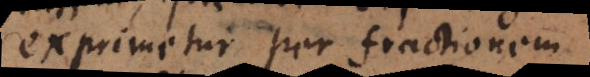
exprimetur per fractionem